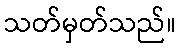
သတ်မှတ်သည်။